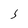
Character: 5